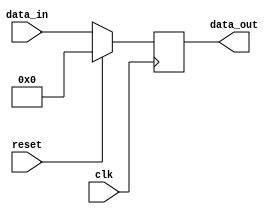
module synchronous_reset (
    input wire clk,           // Clock input
    input wire reset,         // Reset input (active high)
    input wire [7:0] data_in, // Example data input
    output reg [7:0] data_out // Example data output
);

// Define the initial state for the registers
initial begin
    data_out = 8'b0; // Initialize output to zero
end

// Synchronous reset logic
always @(posedge clk) begin
    if (reset) begin
        // Reset condition: set internal state to predefined values
        data_out <= 8'b0; // Reset output to zero
    end else begin
        // Normal operation: process input data
        data_out <= data_in; // Update output with input data
    end
end

endmodule